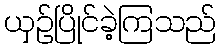
ယှဉ်ပြိုင်ခဲ့ကြသည်